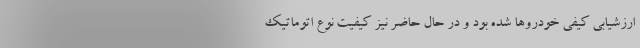
ارزشیابی کیفی خودروها شده بود و در حال حاضر نیز کیفیت نوع اتوماتیک